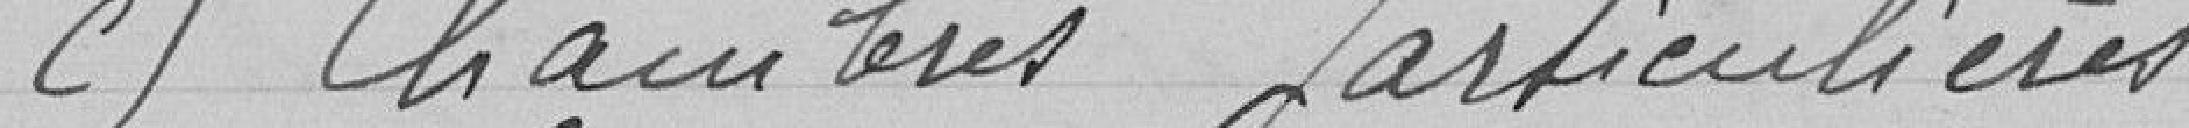
c) Chambres particulières